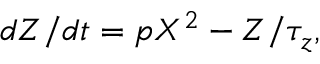
d Z / d t = p X ^ { 2 } - Z / \tau _ { z } ,